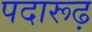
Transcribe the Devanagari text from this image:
पदारूढ़